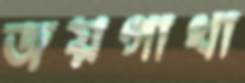
জয়গাথা